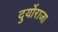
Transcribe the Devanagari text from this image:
दुर्योराजा